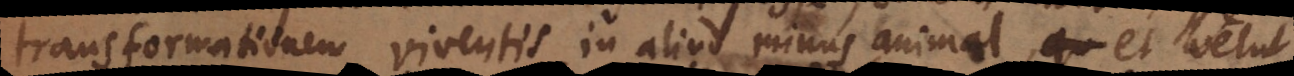
transformationem viventis in aliud minus animal, et velut